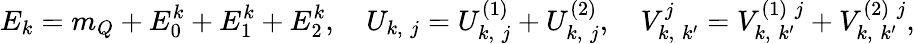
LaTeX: E_{k}=m_{Q}+E_{0}^{k}+E_{1}^{k}+E_{2}^{k},\quad U_{k,\; j}=U_{k,\; j}^{(1)}+U_{k,\; j}^{(2)},\quad V_{k,\; k^{\prime}}^{j}=V_{k,\; k^{\prime}}^{(1)\; j}+V_{k,\; k^{\prime}}^{(2)\; j},